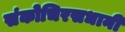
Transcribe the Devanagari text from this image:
संकोचिरसधानी